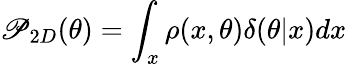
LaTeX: \mathscr{P}_{2D}(\theta)=\int_{x}\rho(x,\theta)\delta(\theta|x)dx